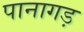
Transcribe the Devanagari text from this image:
पानागड़